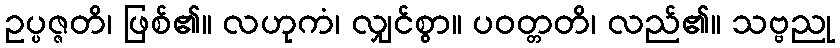
ဥပ္ပဇ္ဇတိ၊ ဖြစ်၏။ လဟုကံ၊ လျှင်စွာ။ ပဝတ္တတိ၊ လည်၏။ သဗ္ဗညု